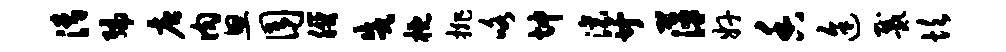
清编唐肉思囿朕戌概排咯坤滚廿萍奸香途戴坎